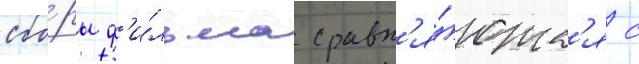
сбо́ры ф'и́льма сравн'я́ютс'я с